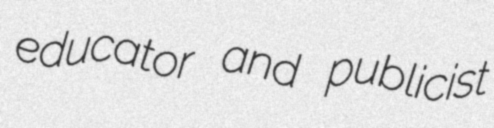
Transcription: educator and publicist